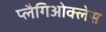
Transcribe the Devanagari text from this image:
प्लैगिओक्लेस